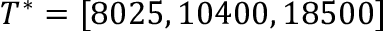
{ T ^ { * } } = [ 8 0 2 5 , 1 0 4 0 0 , 1 8 5 0 0 ]